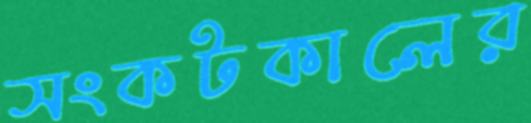
সংকটকালের